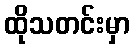
ထိုသတင်းမှာ